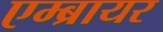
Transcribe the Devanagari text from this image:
एम्ब्रायर